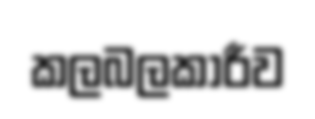
කලබලකාරීව